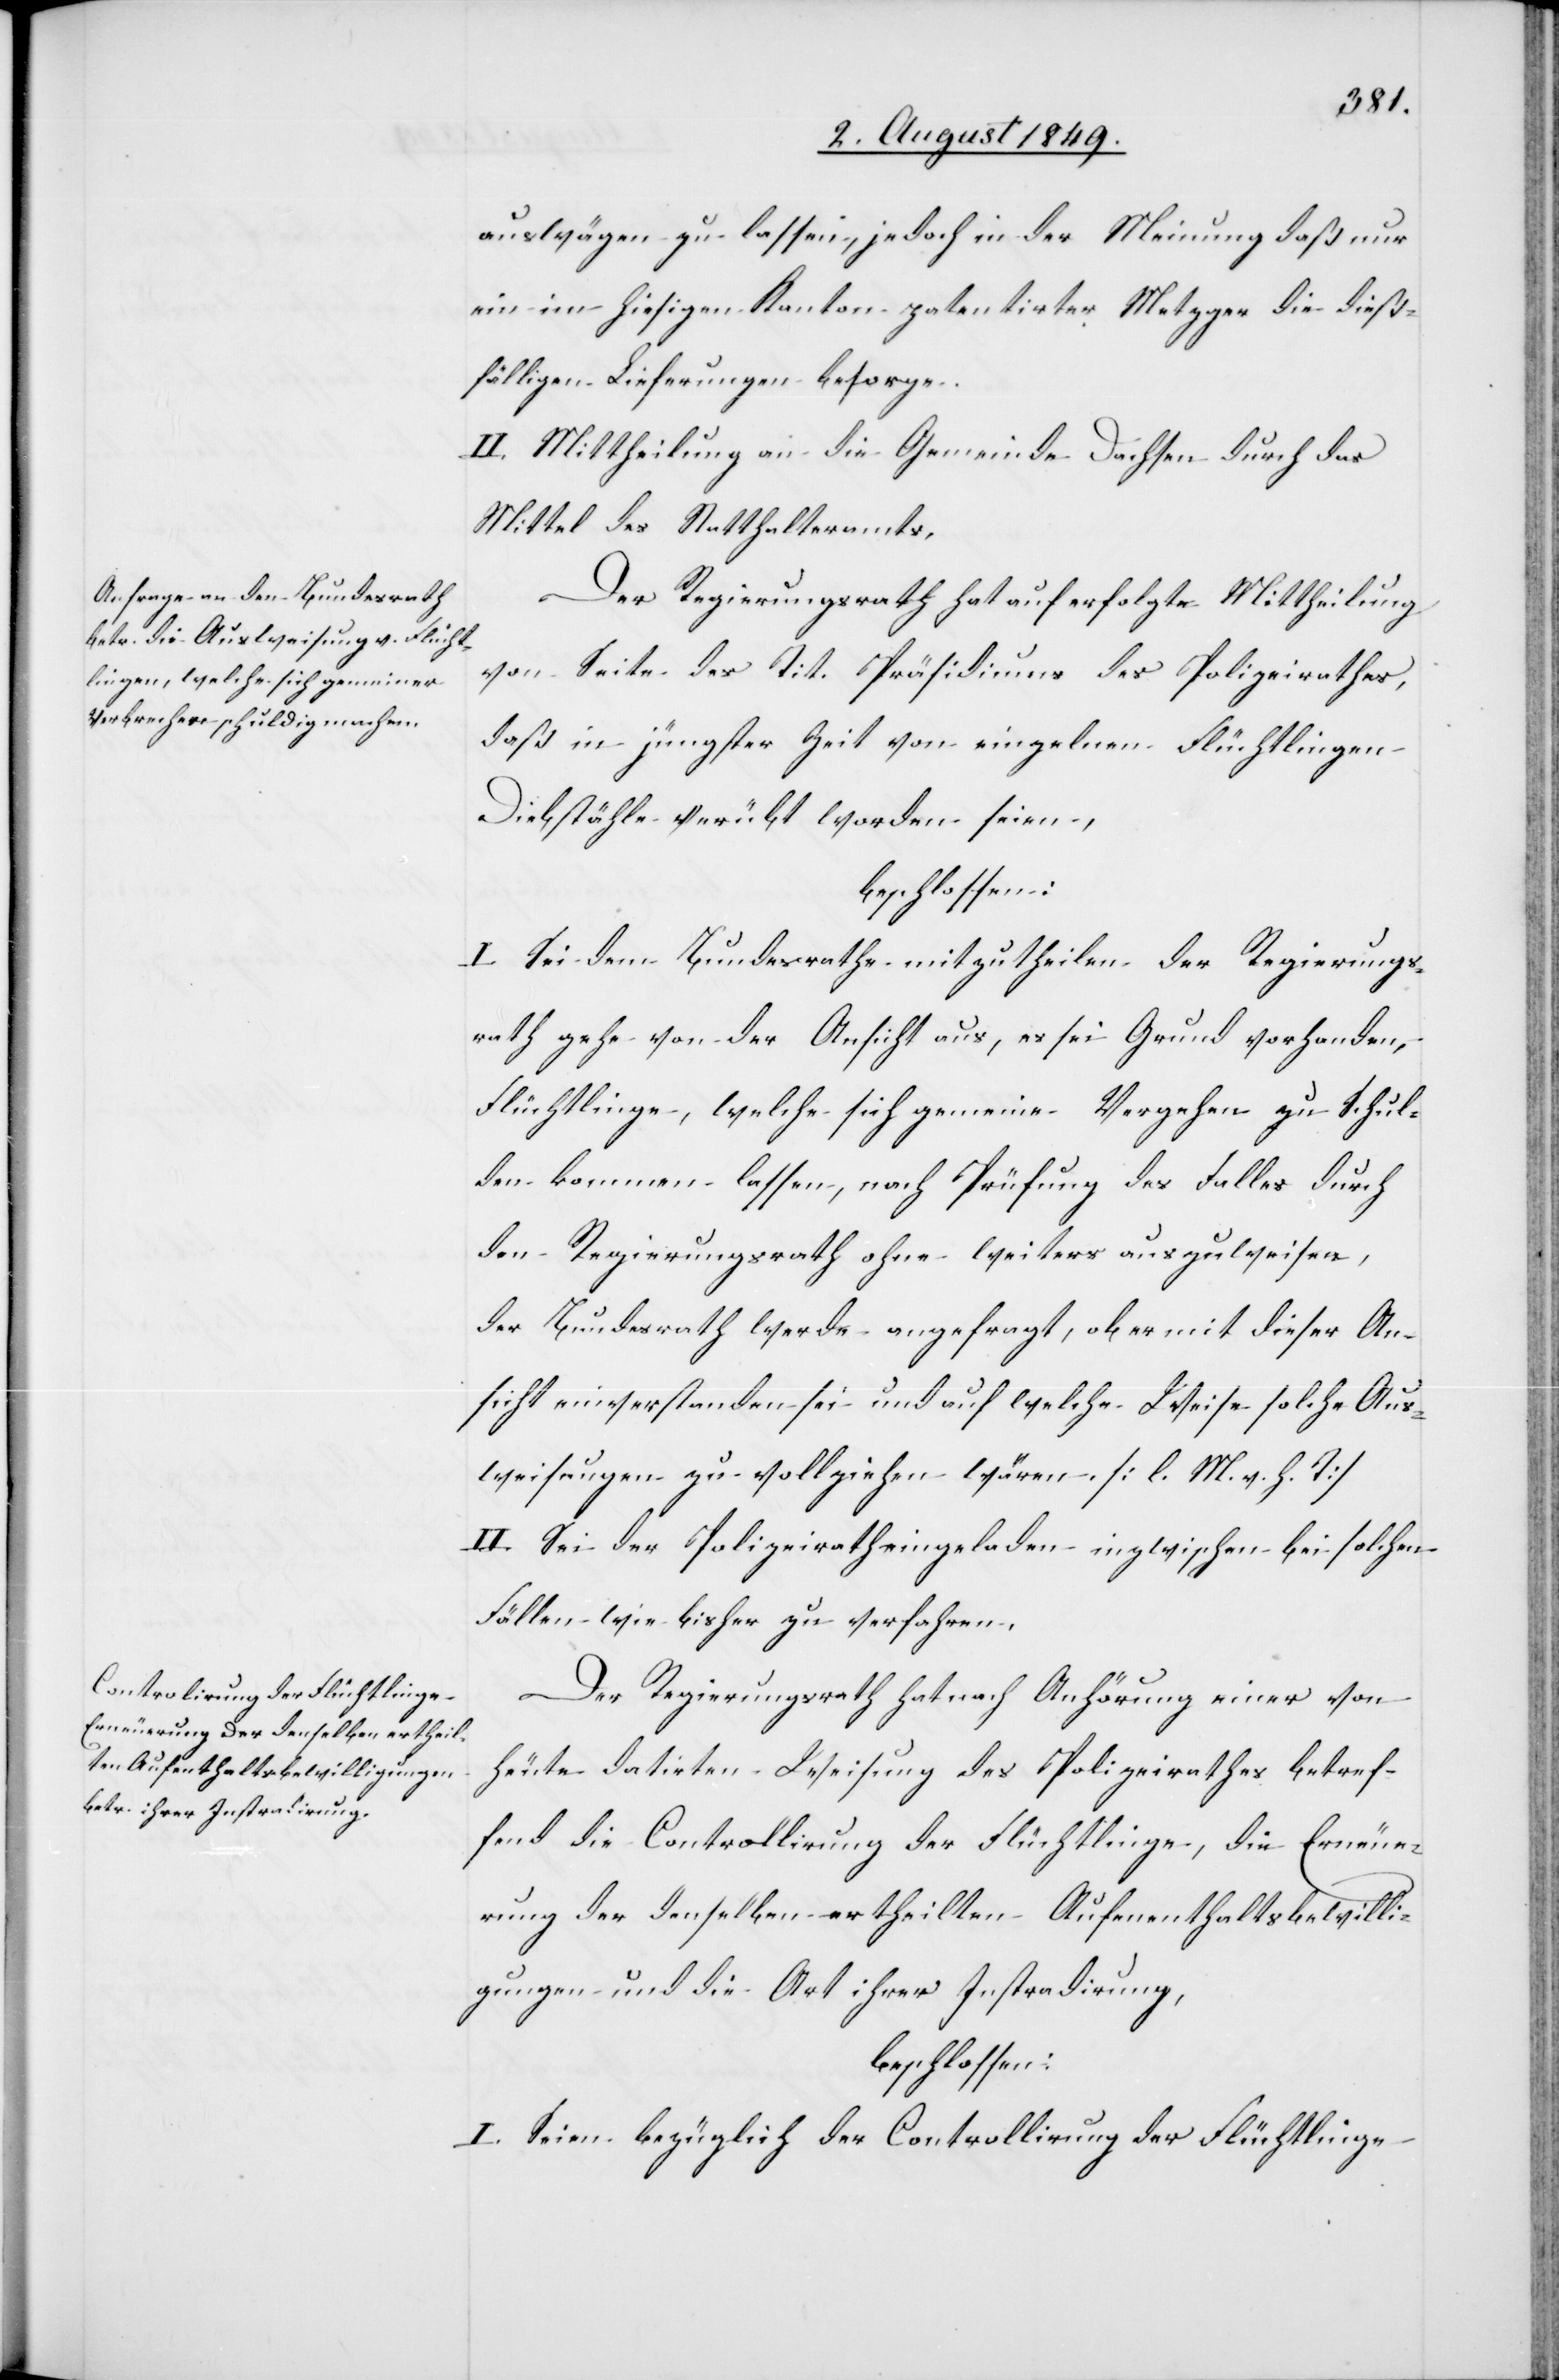
auswägen zu lassen, jedoch in der Meinung daß nur
ein im hiesigen Kanton patentirter Metzger die dieß¬
fälligen Lieferungen besorge.
II. Mittheilung an die Gemeinde Dachsen durch das
Mittel des Statthalteramts.
Der Regierungsrath hat auf erfolgte Mittheilung
von Seite des Tit. Präsidiums des Polizeirathes,
daß in jüngster Zeit von einzelnen Flüchtlingen
Diebstähle verübt worden seien,
beschlossen:
I. Sei dem Bundesrathe mitzutheilen der Regierungs¬
rath gehe von der Ansicht aus, es sei Grund vorhanden,
Flüchtlinge, welche sich gemeine Vergehen zu Schul¬
den kommen lassen, nach Prüfung des Falles durch
den Regierungsrath ohne weiters auszuweisen,
der Bundesrath werde angefragt, ob er mit dieser An¬
sicht einverstanden sei und auf welche Weise solche Aus¬
weisungen zu vollziehen wären. [l. M. v. h. T]
II. Sei der Polizeirath eingeladen inzwischen bei solchen
Fällen wie bisher zu verfahren.
Der Regierungsrath hat nach Anhörung einer von
heute datirten Weisung des Polizeirathes betref¬
fend die Controllirung der Flüchtlinge, die Erneue¬
rung der denselben ertheilten Aufenthaltsbewilli¬
gungen und die Art ihrer Instradirung,
beschlossen:
I. Seien bezüglich der Controllirung der Flüchtlinge